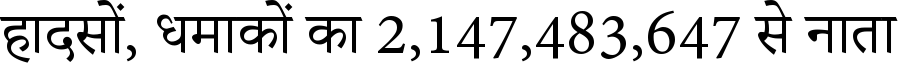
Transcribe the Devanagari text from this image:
हादसों, धमाकों का 2,147,483,647 से नाता